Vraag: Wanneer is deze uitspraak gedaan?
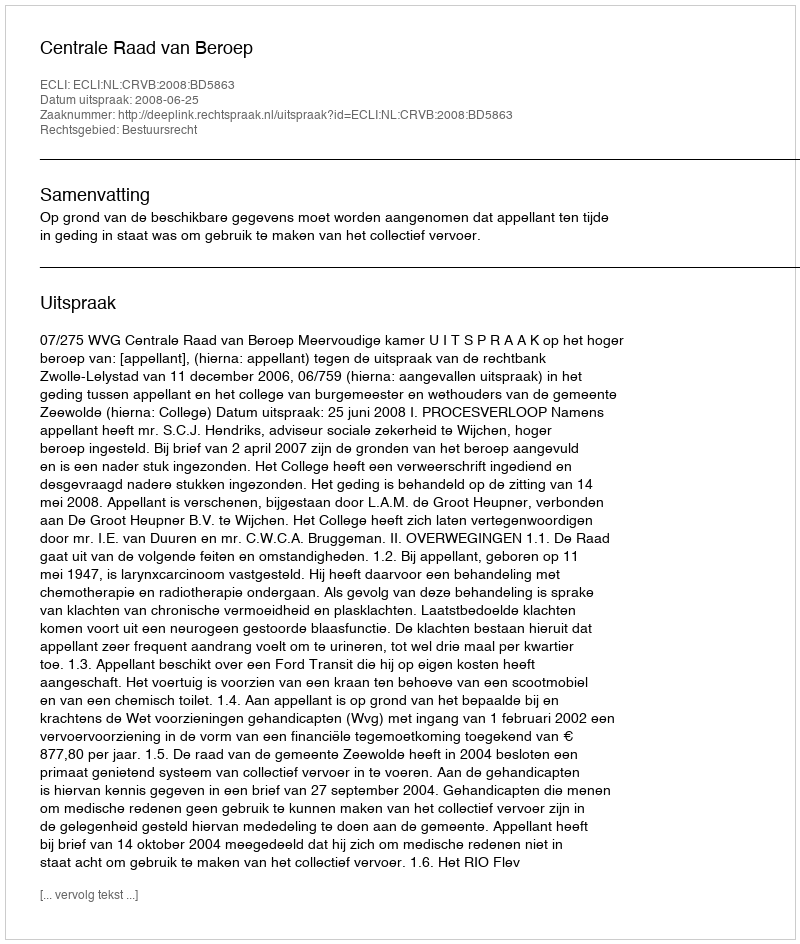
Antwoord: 2008-06-25